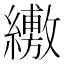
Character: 𦇁